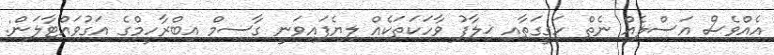
އެއްވެސް އަސްލެއް ނެތް ހަގީގަތާއި ޚިލާފު ވާހަކަތަކެއް ލިޔެފައިވަނީ ގާސިމް އިބްރާހީމްގެ އަގުވައްޓާލަން: